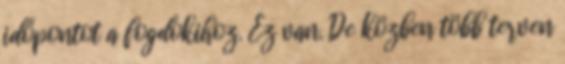
időpontot a fogdokihoz. Ez van. De közben több terven